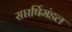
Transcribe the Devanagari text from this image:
सप्तर्षिमंडल